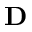
{ \mathbf D }